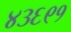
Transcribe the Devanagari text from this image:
४३६९१